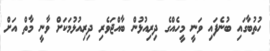
ހުތުބާގައި ބުނެފައި ވަނީ މީހެއްގެ ދިރިއުޅުން ބާއްޖަވެރި ދިރިއުޅުމަކަށް ވާނީ މާތް އަށް